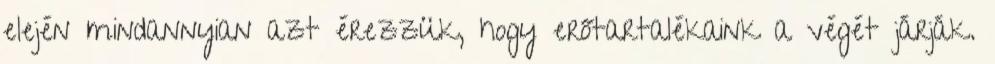
elején mindannyian azt érezzük, hogy erőtartalékaink a végét járják.